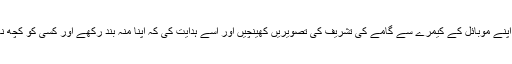
اس نے اپنے موبائل کے کیمرے سے گامے کی تشریف کی تصویریں کھینچیں اور اسے ہدایت کی کہ اپنا منہ بند رکھے اور کسی کو کچھ نہ بتائے۔